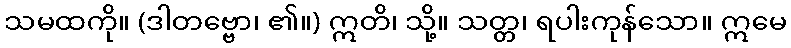
သမထကို။ (ဒါတဗ္ဗော၊ ၏။) ဣတိ၊ သို့။ သတ္တ၊ ရပါးကုန်သော။ ဣမေ